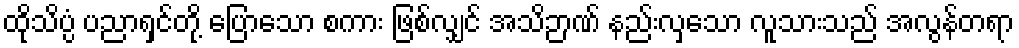
ထိုသိပ္ပံ ပညာရှင်တို့ ပြောသော စကား ဖြစ်လျှင် အသိဉာဏ် နည်းလှသော လူသားသည် အလွန်တရာ